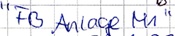
Text: "FB Anlage M1"